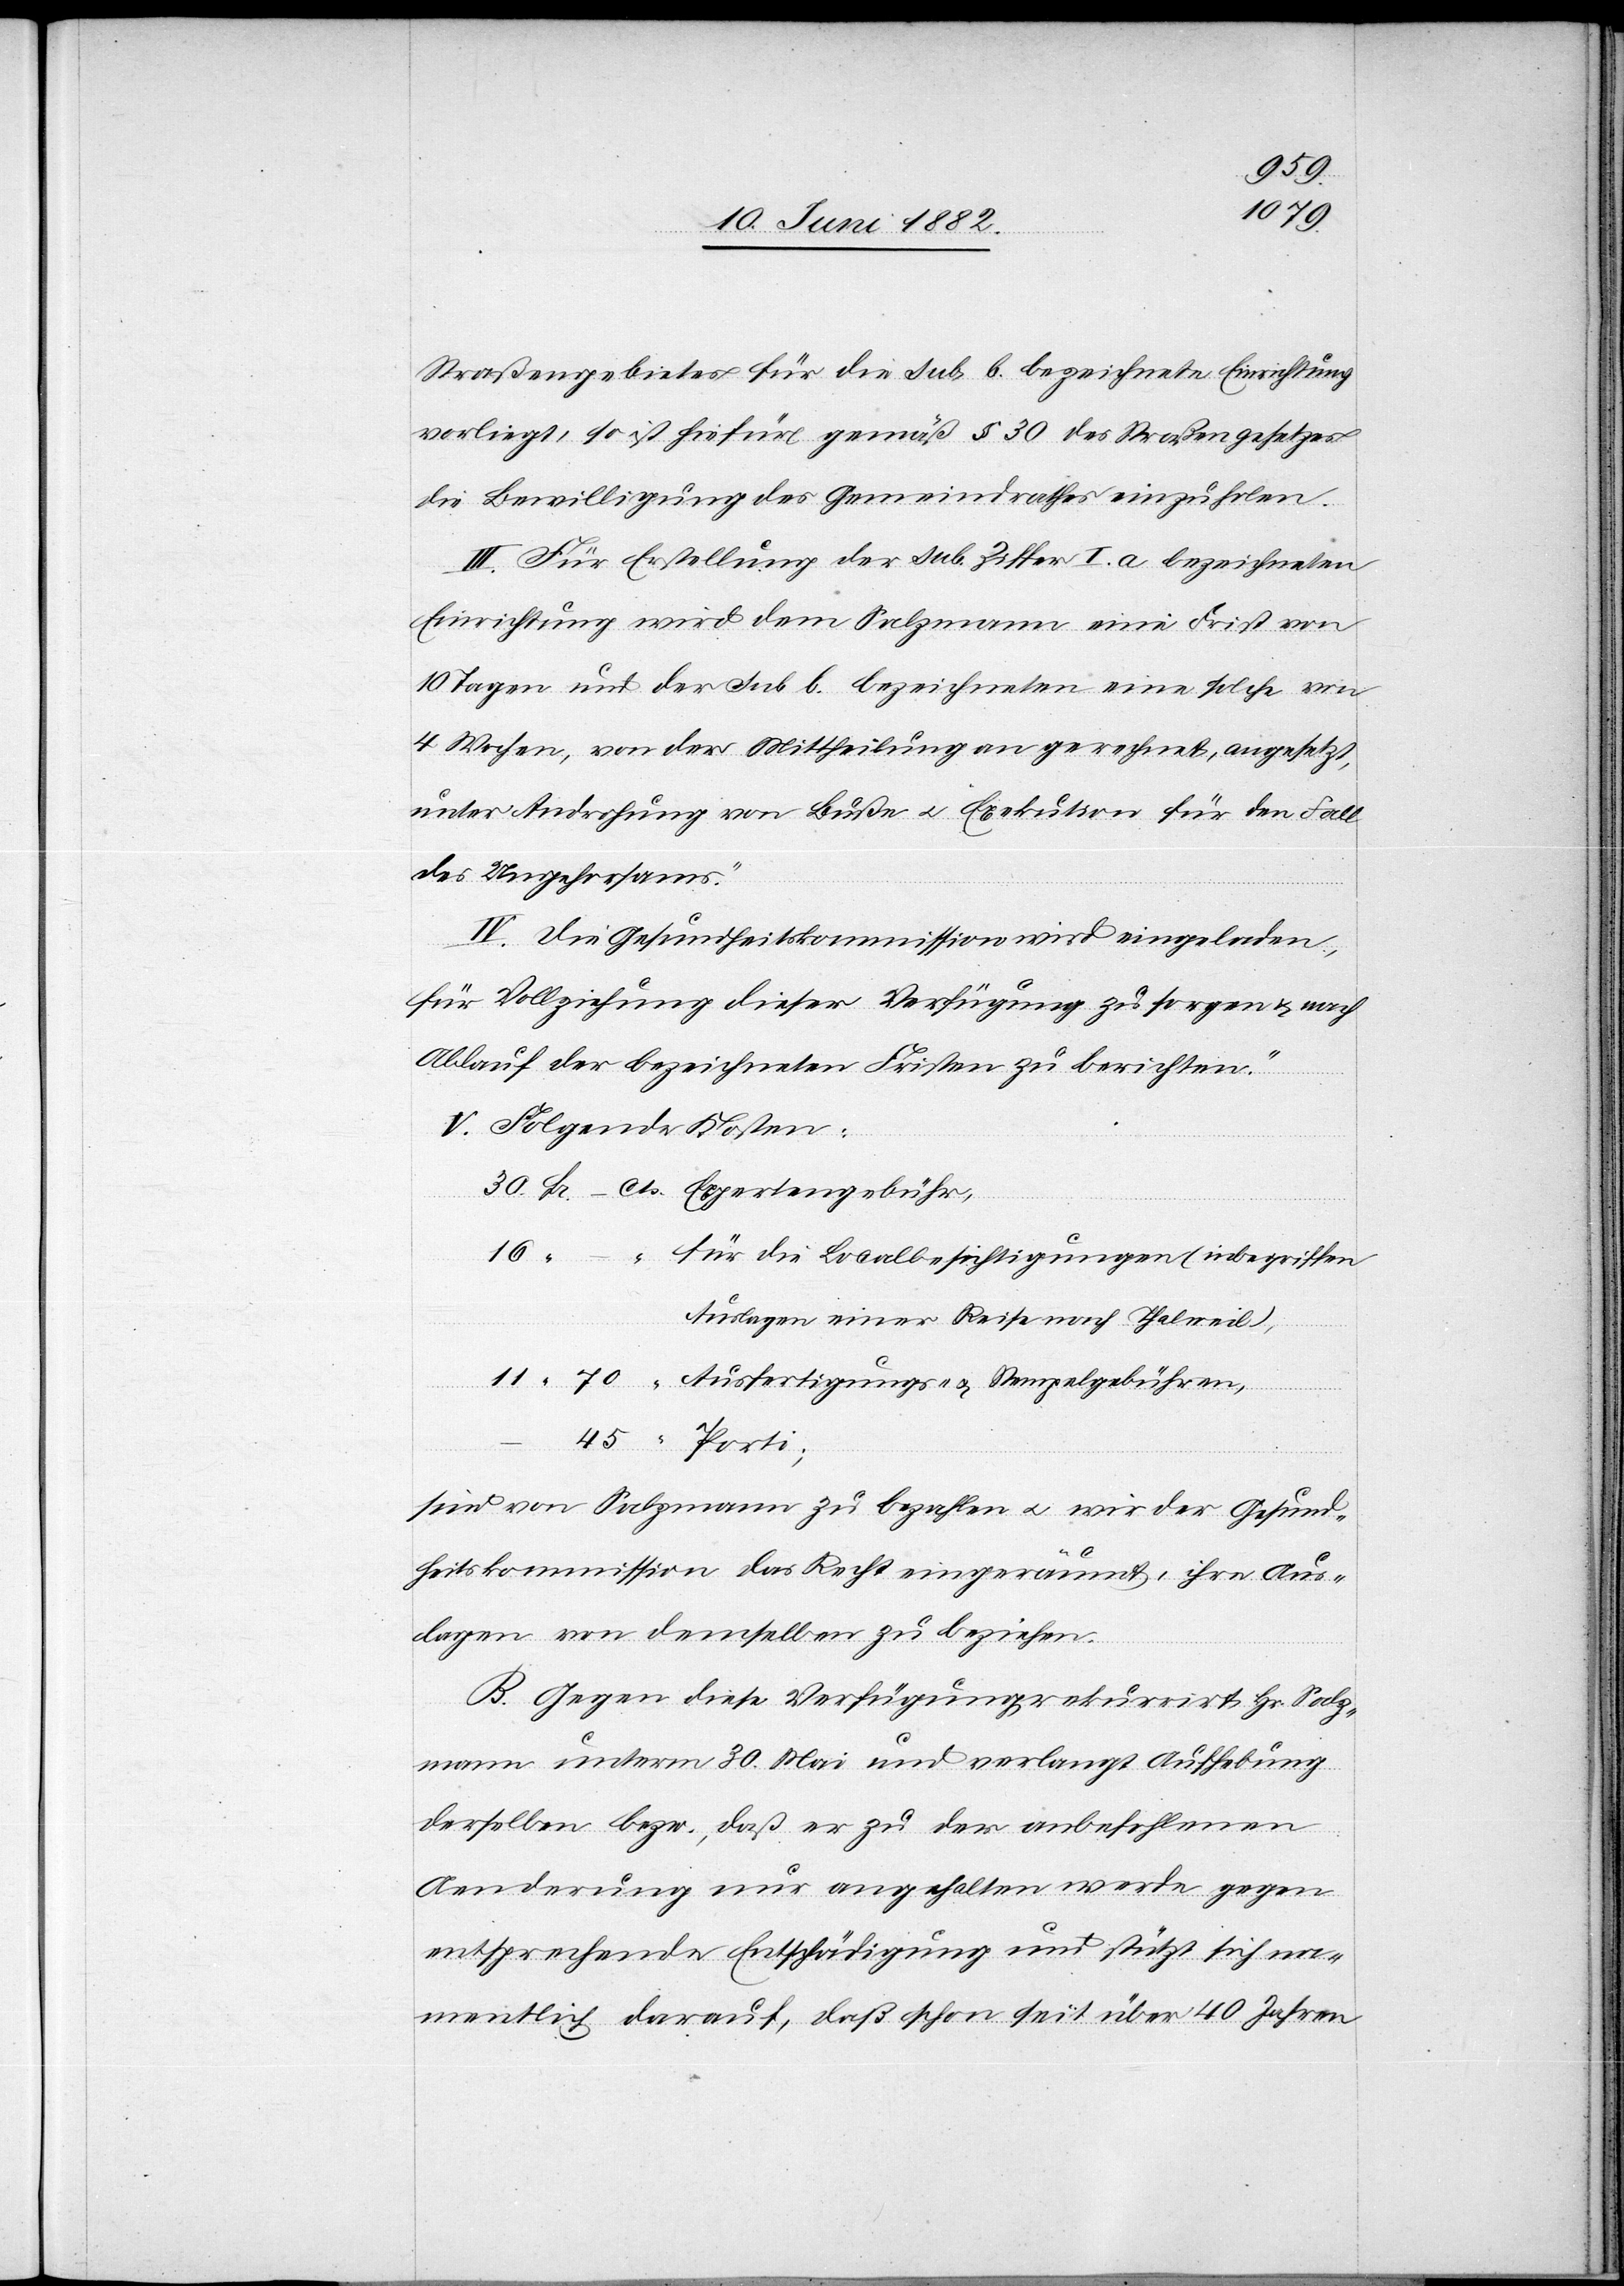
45
70
Straßengebietes für die sub. b bezeichnete Einrichtung
vorliegt, so ist hiefür gemäß § 30 des Straßengesetzes
die Bewilligung des Gemeindrathes einzuholen.
III. Für Erstellung der sub. Ziffer I. a bezeichneten
Einrichtung wird dem Salzmann eine Frist von
10 Tagen und der sub. b. bezeichneten eine solche von
4 Wochen, von der Mittheilung an gerechnet, angesetzt,
unter Androhung von Buße u. Exekution für den Fall
des Ungehorsams.
IV. Die Gesundheitskommission wird eingeladen,
für Vollziehung dieser Verfügung zu sorgen & nach
Ablauf der bezeichneten Fristen zu berichten.
V. Folgende Kosten:
für die Localbesichtigungen (inbegriffen
Auslagen einer Reise nach Thalweil),
Ausfertigungs- & Stempelgebühren,
sind von Salzmann zu bezahlen u. wir[d] der Gesund¬
heitskommission das Recht eingeräumt, ihre Aus¬
lagen von demselben zu beziehen.“
B. Gegen diese Verfügung rekurrirt Hr. Salz¬
mann unterm 30. Mai und verlangt Aufhebung
derselben bezw., daß er zu der anbefohlenen
Aenderung nur angehalten werde gegen
entsprechende Entschädigung und stützt sich na¬
mentlich darauf, daß schon seit über 40 Jahren